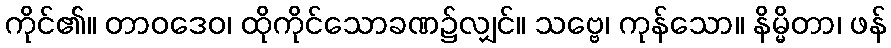
ကိုင်၏။ တာဝဒေဝ၊ ထိုကိုင်သောခဏ၌လျှင်။ သဗ္ဗေ၊ ကုန်သော။ နိမ္မိတာ၊ ဖန်